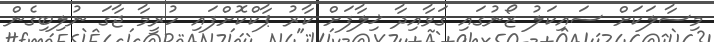
މިސާލަކަށް ސައިކަލު ޒޯނުގައި ގަވާއިދާ ޚިލާފަށް ކާރު ޕާކްކޮށްފައި ހުރީމާ ޖާގަ ނުލިބިގެން